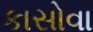
કાસોવા